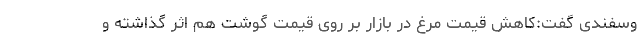
وسفندی گفت:کاهش قیمت مرغ در بازار بر روی قیمت گوشت هم اثر گذاشته و